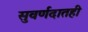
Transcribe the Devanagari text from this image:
सुवर्णदातही